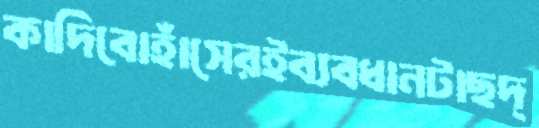
কাদিবোহাঁসেরইব্যবধানটাছদ্